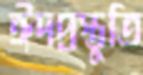
ঈদপ্রস্তুতি